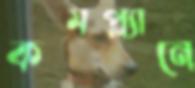
কমপ্ল্যানে